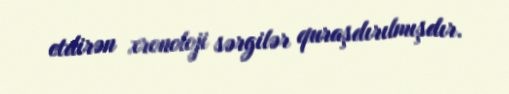
etdirən xronoloji sərgilər quraşdırılmışdır.